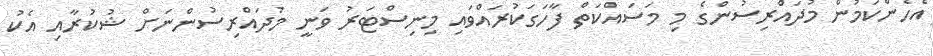
އެހެންކަމުން މުދައްރިސުންގެ މި މަސައްކަތް ފާހަގަކުރައްވައި މިނިސްޓަރު ވަނީ މުދައްރިސުންނަށް ޝުކުރާއި އެކު